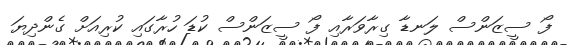
ފޯ ސީޒަންސް ލަނޑާ ގިރާވަރާއި ފޯ ސީޒަންސް ކުޑަ ހުރާގައި ކުރިއަށް ގެންދިޔަ